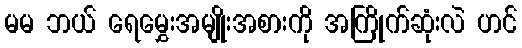
မမ ဘယ် ရေမွှေးအမျိုးအစားကို အကြိုက်ဆုံးလဲ ဟင်